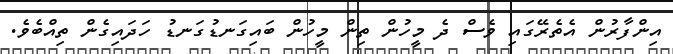
އިންފާރުން އެތެރޭގައި ވެސް ދެ މީހުން ތިން މީހުން ބައިގަނޑުގަނޑު ހަދައިގެން ތިއްބެވެ.